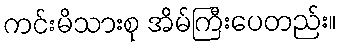
ကင်းမိသားစု အိမ်ကြီးပေတည်း။